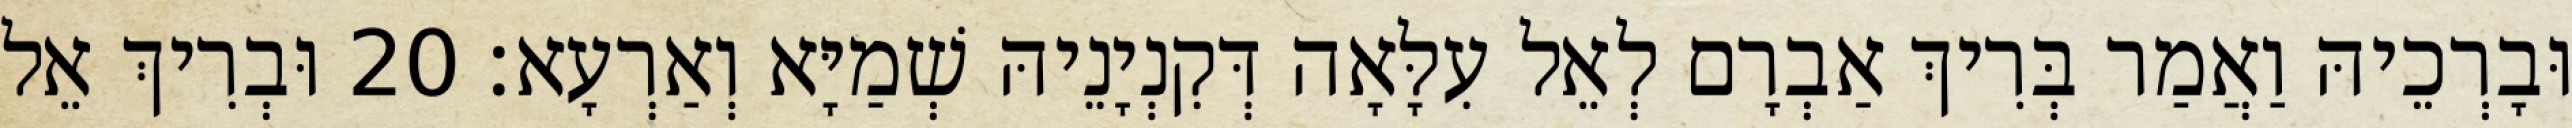
וּבָרְכֵיהּ וַאֲמַר בְּרִיךְ אַבְרָם לְאֵל עִלָּאָה דְּקִנְיָנֵיהּ שְׁמַיָּא וְאַרְעָא׃ 20 וּבְרִיךְ אֵל